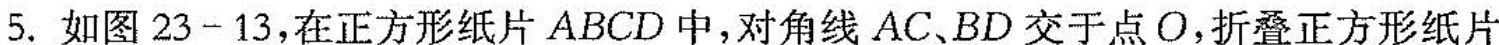
5.如图23-13，在正方形纸片ABCD中，对角线AC、BD交于点O，折叠正方形纸片